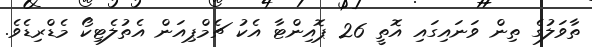
ތާވަލުގެ ތިން ވަނައިގައި އޮތީ 26 ޕޮއިންޓާ އެކު ޗެމްޕިއަން އެތުލެޓިކޯ މެޑްރިޑެވެ.